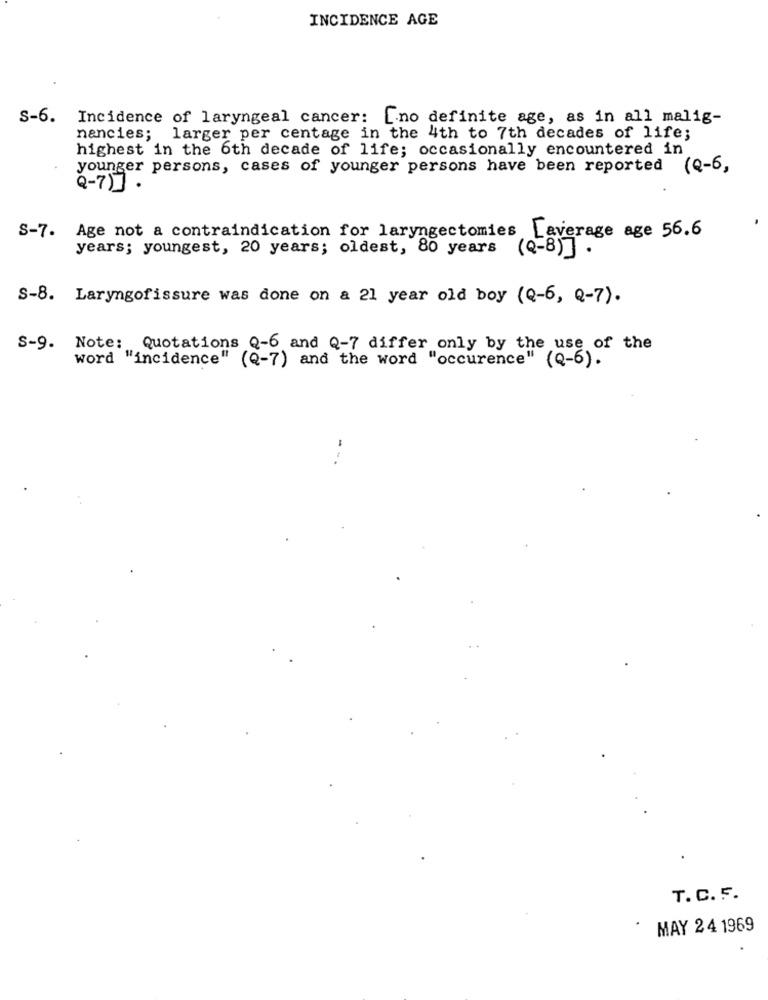
INCIDENCE AGE
S-6. Incidence of laryngeal cancer: [no definite age, as in all malig-
nancies; larger per centage in the 4th to 7th decades of life;
highest in the 6th decade of life; occasionally encountered in
younger persons, cases of younger persons have been reported (Q-6,
Q-7) .
S-7. Age not a contraindication for laryngectomies [average age 56.6
years; youngest, 20 years; oldest, 80 years
(Q-8)] .
S-8. Laryngofissure was done on a 21 year old boy (Q-6, Q-7).
S-9. Note: Quotations Q-6 and Q-7 differ only by the use of the
word "incidence" (Q-7) and the word "occurence" (Q-6).
T. C. F.
MAY 24 1969